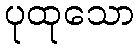
ပုထုသော